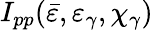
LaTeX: I_{pp}(\bar{\varepsilon},\varepsilon_{\gamma},\chi_{\gamma})